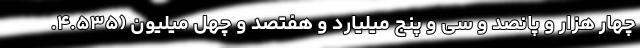
چهار هزار و پانصد و سی و پنج میلیارد و هفتصد و چهل میلیون (۴.۵۳۵.